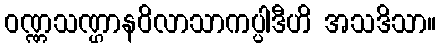
ဝဏ္ဏသဏ္ဌာနဝိလာသာကပ္ပါဒီဟိ အသဒိသာ။